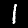
Label: 1